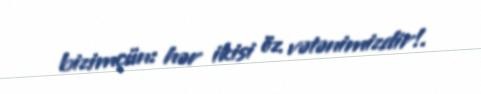
bizimçün: hər ikisi öz vətənimizdir!.